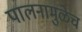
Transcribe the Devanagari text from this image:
पालनामुळेच